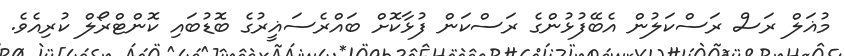
މުޣަލް ރަސް ރަސްކަލުން އެބޭފުޅުންގެ ރަސްކަން ފުޅާކޮށް ބައްރެސަޣީރުގެ ބޮޑުބައި ކޮންޓްރޯލް ކުރިއެވެ.